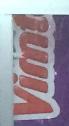
vimt